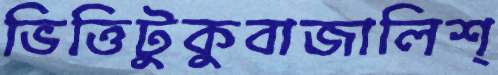
ভিত্তিটুকুবাজালিশ্